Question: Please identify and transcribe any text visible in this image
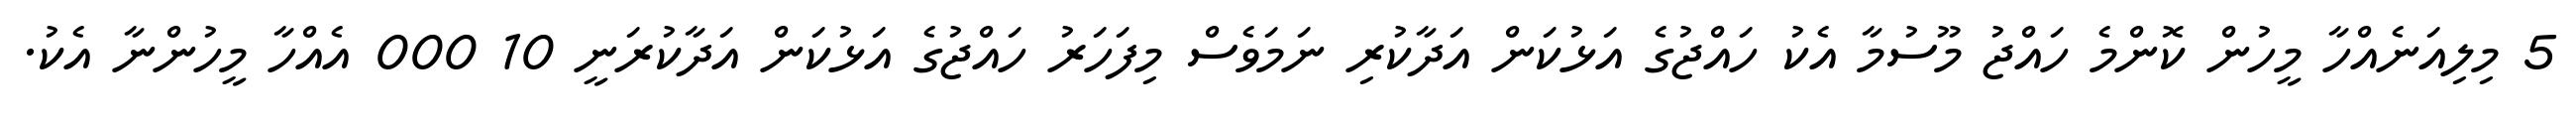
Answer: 5 މިލިއަނެއްހާ މީހުން ކޮންމެ ހައްޖު މޫސުމާ އެކު ހައްޖުގެ އަޅުކަން އަދާކުރި ނަމަވެސް މިފަހަރު ހައްޖުގެ އަޅުކަން އަދާކުރަނީ 10 000 އެއްހާ މީހުންނާ އެކު.